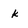
Character: k